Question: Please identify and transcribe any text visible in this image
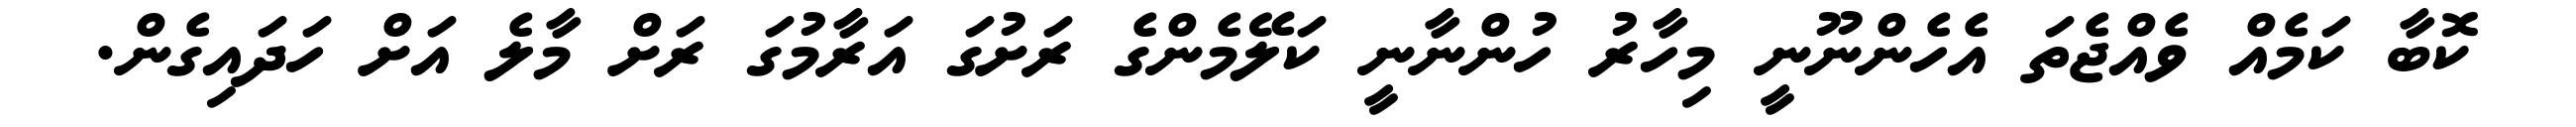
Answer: ކޮބާ ކަމެއް ވެއްޖެތަ އެހެންނޫނީ މިހާރު ހުންނާނީ ކަލޭމެންގެ ރަށުގަ އަރާމުގަ ރަށް މާލެ އަށް ހަދައިގެން.